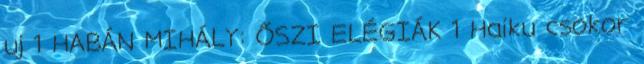
uj 1 HABÁN MIHÁLY: ŐSZI ELÉGIÁK 1 Haiku csokor